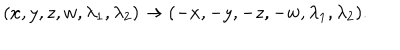
( x , y , z , w , \lambda _ { 1 } , \lambda _ { 2 } ) \to ( - x , - y , - z , - w , \lambda _ { 1 } , \lambda _ { 2 } ) .